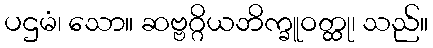
ပဌမံ၊ သော။ ဆဗ္ဗဂ္ဂိယဘိက္ခူဝတ္ထု၊ သည်။